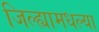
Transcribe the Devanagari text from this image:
जिल्ह्यामधल्या